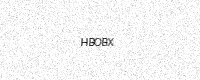
Text: HBOBX